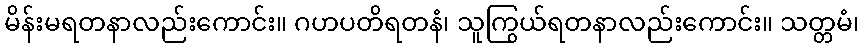
မိန်းမရတနာလည်းကောင်း။ ဂဟပတိရတနံ၊ သူကြွယ်ရတနာလည်းကောင်း။ သတ္တမံ၊